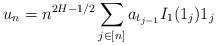
LaTeX: \begin{align*} u_n = n^{2H-1/2} \sum_{j\in[n]} a_{t_{j-1}} I_1(1_j) 1_j \end{align*}